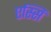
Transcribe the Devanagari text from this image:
एस्सिं